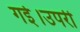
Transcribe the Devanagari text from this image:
गई।उपरी